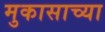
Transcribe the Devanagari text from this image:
मुकासाच्या